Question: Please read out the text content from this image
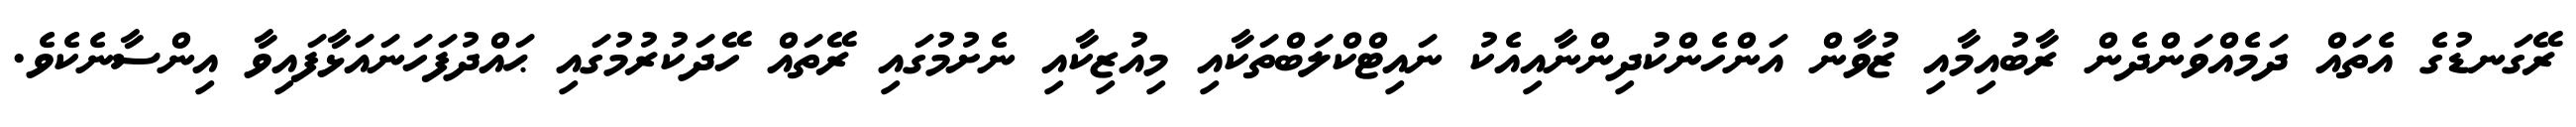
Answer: ރޭގަނޑުގެ އެތައް ދަމެއްވަންދެން ރާބުއިމާއި ޒުވާން އަންހެންކުދިންނާއިއެކު ނައިޓްކްލަބްތަކާއި މިއުޒިކާއި ނެށުމުގައި ރޭތައް ހޭދަކުރުމުގައި ޙައްދުފަހަނައަޅާފައިވާ އިންސާނެކެވެ.